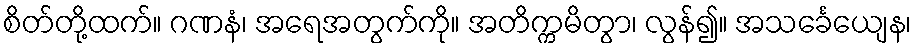
စိတ်တို့ထက်။ ဂဏနံ၊ အရေအတွက်ကို။ အတိက္ကမိတွာ၊ လွန်၍။ အသင်္ခေယျေန၊